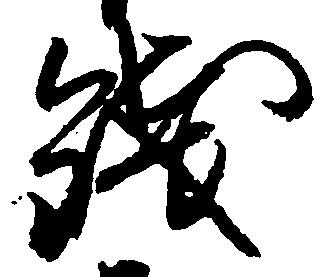
銭